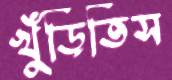
খুঁড়িতিস